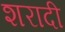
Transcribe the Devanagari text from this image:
शरादी